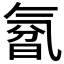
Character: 𰛃